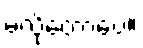
မလိုတော့ပေ။